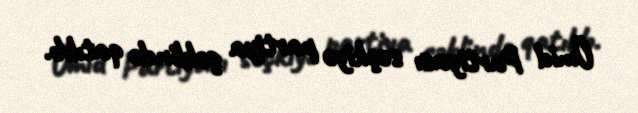
Ümid Partiyası seçkiyə partiya şəklində qatılıb.